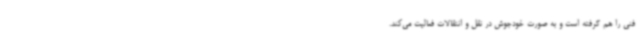
فنی را هم گرفته است و به صورت خودجوش در نقل و انتقالات فعالیت می‌کند.